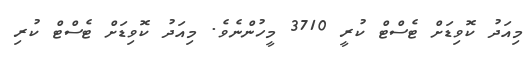
މިއަދު ކޮވިޑަށް ޓެސްޓް ކުރީ 3710 މީހުންނެވެ. މިއަދު ކޮވިޑަށް ޓެސްޓް ކުރި